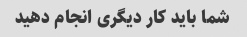
شما باید کار دیگری انجام دهید